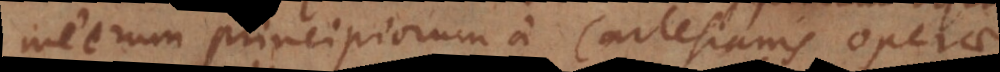
meorum principiorum a Cartesianis operae